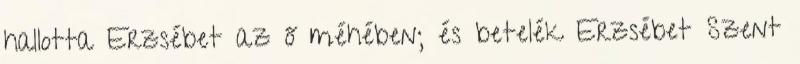
hallotta Erzsébet az ő méhében; és betelék Erzsébet Szent